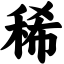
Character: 稀